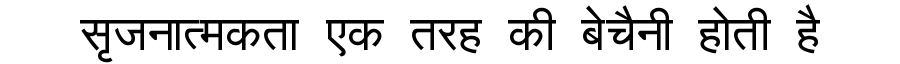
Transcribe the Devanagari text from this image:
सृजनात्मकता एक तरह की बेचैनी होती है